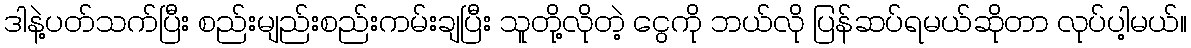
ဒါနဲ့ပတ်သက်ပြီး စည်းမျည်းစည်းကမ်းချပြီး သူတို့လိုတဲ့ ငွေကို ဘယ်လို ပြန်ဆပ်ရမယ်ဆိုတာ လုပ်ပါ့မယ်။